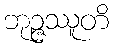
ဘုဉ္ဇဿူတိ